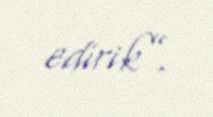
edirik”.